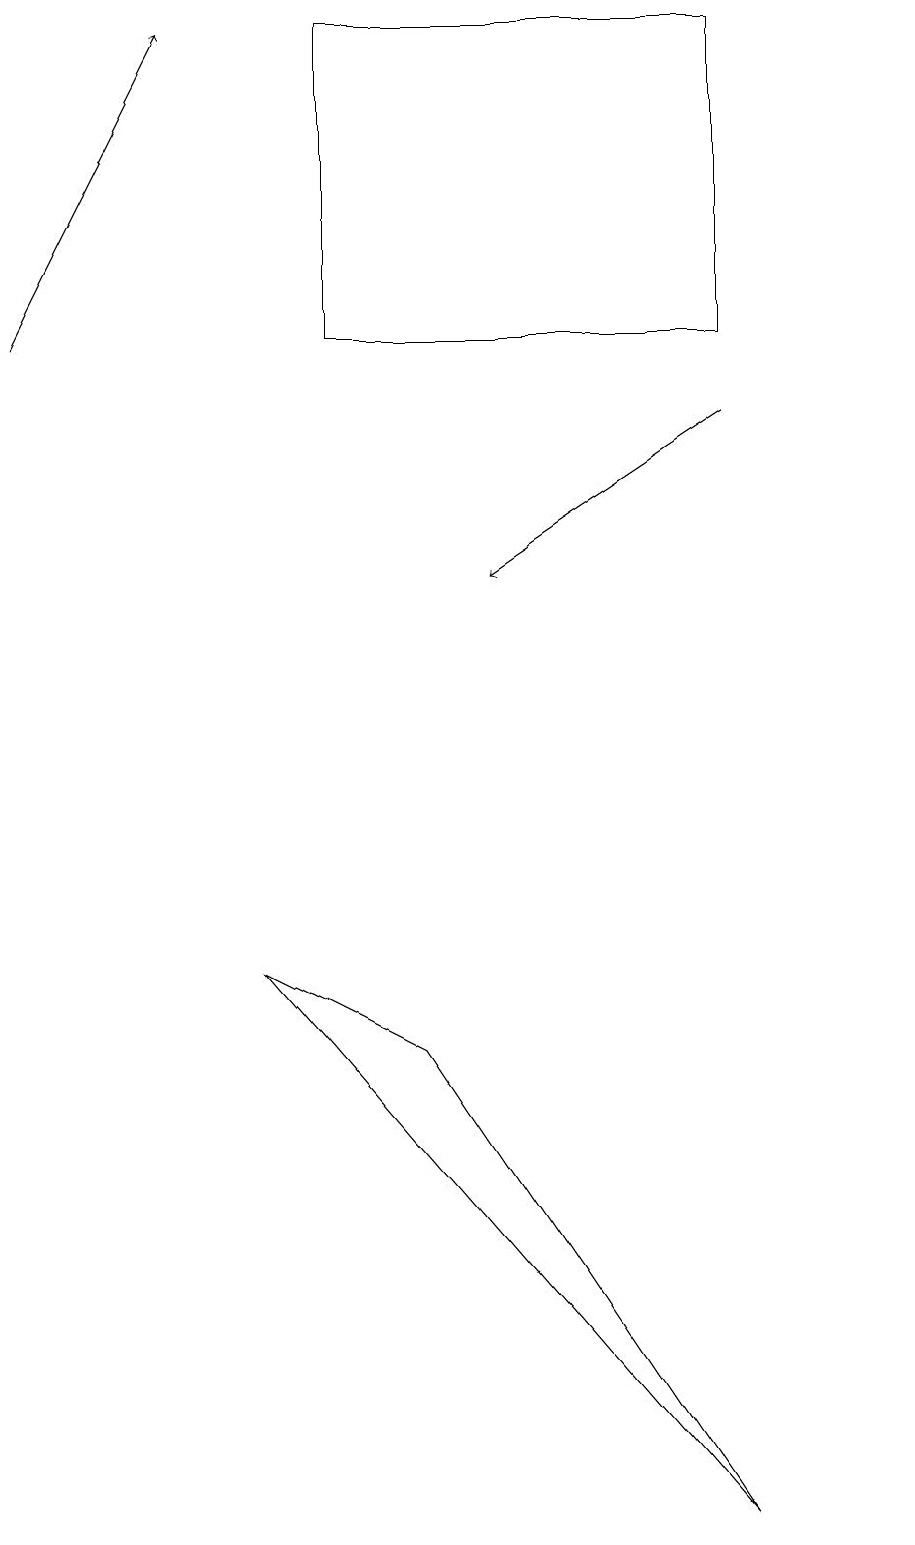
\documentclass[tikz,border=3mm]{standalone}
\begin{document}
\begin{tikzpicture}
\draw (4,15) rectangle (9,19);
\draw (10,11) circle (0);
\draw[->] (0,15) -- (2,19);
\draw (11,10) circle (0);
\draw[->] (9,14) -- (6,12);
\draw (9,0) -- (3,7) -- (5,6) -- cycle;
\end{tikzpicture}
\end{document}